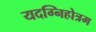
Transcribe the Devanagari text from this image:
यदग्निहोत्रम